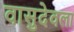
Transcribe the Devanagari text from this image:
वासुदेवला